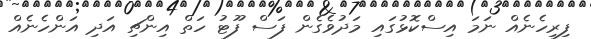
ފިރިހެނެއް ނަމަ އިސްކޮޅުގައި މަދުވެގެން ފަސް ފޫޓު ހަތް އިންޗި އަދި އަންހެނެއް